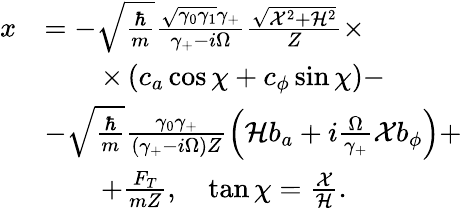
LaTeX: \begin{array}{rl}{x}&{=-\sqrt{\frac{\hbar}{m}}\frac{\sqrt{\gamma_{0}\gamma_{1}}\gamma_{+}}{\gamma_{+}-i\Omega}\frac{\sqrt{\mathcal{X}^{2}+\mathcal{H}^{2}}}{Z}\times}\\ &{\qquad\times\left(c_{a}\cos\chi+c_{\phi}\sin\chi\right)-}\\ &{-\sqrt{\frac{\hbar}{m}}\frac{\gamma_{0}\gamma_{+}}{(\gamma_{+}-i\Omega)Z}\left(\mathcal{H}b_{a}+i\frac{\Omega}{\gamma_{+}}\mathcal{X}b_{\phi}\right)+}\\ &{\qquad+\frac{F_{T}}{mZ},\quad\tan\chi=\frac{\mathcal{X}}{\mathcal{H}}.}\end{array}